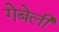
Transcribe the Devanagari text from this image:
गेबेली